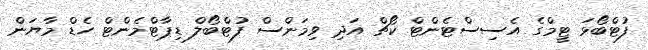
ފުޓްބޯޅަ ޓީމްގެ އެސިސްޓެންޓް ކޯޗް އަދި ވިމަންސް ފުޓްބޯލް ޑިޕާޓްމެންޓް ހެޑް މާޔަން